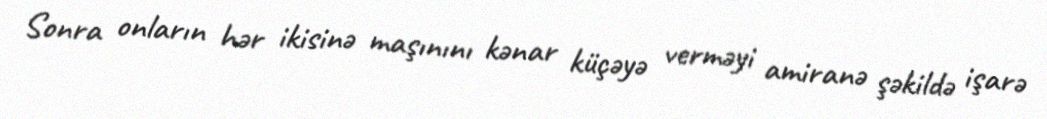
Sonra onların hər ikisinə maşınını kənar küçəyə verməyi amiranə şəkildə işarə